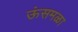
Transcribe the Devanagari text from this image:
ऊंसमळा